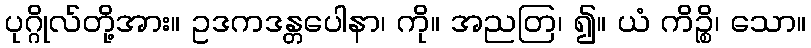
ပုဂ္ဂိုလ်တို့အား။ ဥဒကဒန္တပေါနာ၊ ကို။ အညတြ၊ ၍။ ယံ ကိဉ္စိ၊ သော။